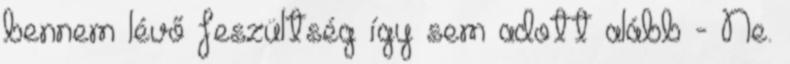
bennem lévő feszültség így sem adott alább - Ne.